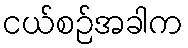
ငယ်စဉ်အခါက